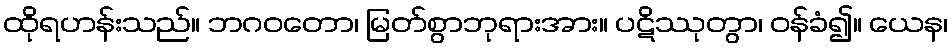
ထိုရဟန်းသည်။ ဘဂဝတော၊ မြတ်စွာဘုရားအား။ ပဋိဿုတွာ၊ ဝန်ခံ၍။ ယေန၊